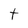
Character: t